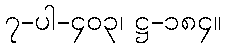
၇-ပါ-၄၀၃၊ ဋ္ဌ-၁၈၄။